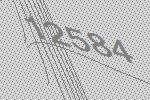
12584